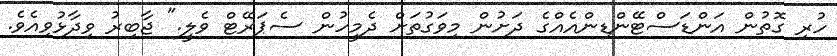
ހުރި ގޮތުން އަންޑަސްޓޭންޑިންއެއްގެ ދަށުން މިވަގުތަށް ދެމީހުން ސެޕަރޭޓް ވެލީ." ޖާބިރު ވިދާޅުވިއެވެ.